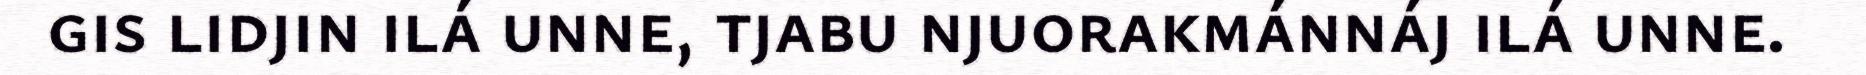
gis lidjin ilá unne, tjabu njuorakmánnáj ilá unne.